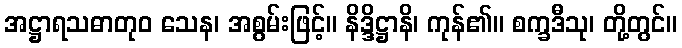
အဋ္ဌာရသဓာတုဝ သေန၊ အစွမ်းဖြင့်။ နိဒ္ဒိဋ္ဌာနိ၊ ကုန်၏။ စက္ခဒီသု၊ တို့တွင်။